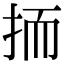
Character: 㧫